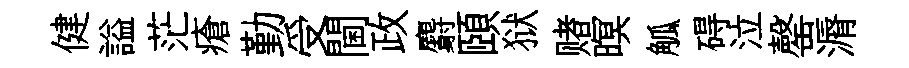
健謚茫瘡勤受閫政麝頤狱赌暝觚碍泣罄漘